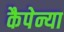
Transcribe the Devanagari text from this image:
कैपेन्या